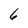
Character: 6